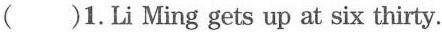
( )1.Li Ming gets up at six thirty.